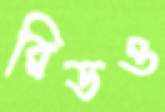
রিডও